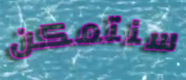
سنتمكن